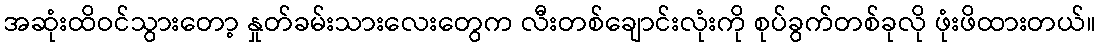
အဆုံးထိဝင်သွားတော့ နှုတ်ခမ်းသားလေးတွေက လီးတစ်ချောင်းလုံးကို စုပ်ခွက်တစ်ခုလို ဖုံးဖိထားတယ်။